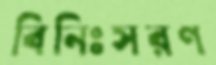
বিনিঃসরণ